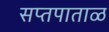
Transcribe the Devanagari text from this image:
सप्तपाताळ